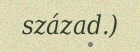
század.)